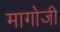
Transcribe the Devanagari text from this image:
मागोजी